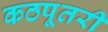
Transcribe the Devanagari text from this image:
कठपूतरी